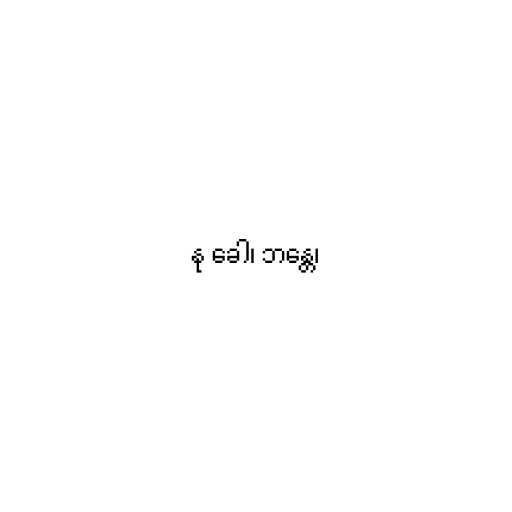
နု ခေါ၊ ဘန္တေ၊